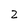
Character: z